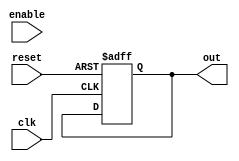
module behavioral_block (
    input wire clk,
    input wire reset,
    input wire enable,
    // add any other input signals as needed
    output reg out
);

always @(posedge clk or negedge reset) begin
    if (!reset) begin
        out <= 0;
    end else if (enable) begin
        // add your desired functionality here
    end
end

endmodule